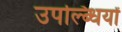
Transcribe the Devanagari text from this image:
उपल्ब्धियों